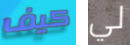
كيف لي